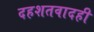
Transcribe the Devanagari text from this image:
दहशतवादही